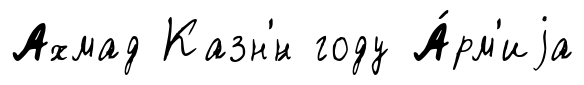
Ахмад Казн'́н году А́рм'иjа